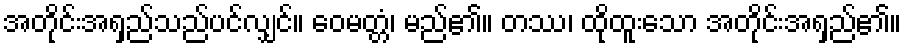
အတိုင်းအရှည်သည်ပင်လျှင်။ ဝေမတ္တံ၊ မည်၏။ တဿ၊ ထိုထူးသော အတိုင်းအရှည်၏။